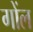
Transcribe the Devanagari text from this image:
गोंल